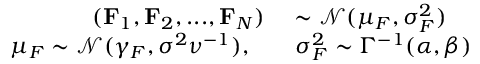
\begin{array} { r l } { ( \mathbf { F } _ { 1 } , \mathbf { F } _ { 2 } , . . . , \mathbf { F } _ { N } ) } & { { } \sim \mathcal { N } ( \mu _ { F } , \sigma _ { F } ^ { 2 } ) } \\ { \mu _ { F } \sim \mathcal { N } ( \gamma _ { F } , \sigma ^ { 2 } \nu ^ { - 1 } ) , \ \ } & { { } \ \sigma _ { F } ^ { 2 } \sim \Gamma ^ { - 1 } ( \alpha , \beta ) } \end{array}